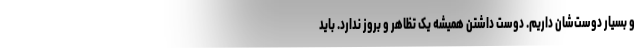
و بسیار دوست‌شان داریم. دوست داشتن همیشه یک تظاهر و بروز ندارد. باید